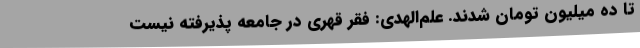
تا ده میلیون تومان شدند. علم‌الهدی: فقر قهری در جامعه پذیرفته نیست